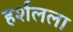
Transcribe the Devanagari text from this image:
हर्शलला